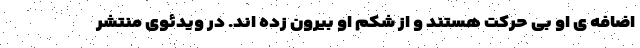
اضافه ی او بی حرکت هستند و از شکم او بیرون زده اند. در ویدئوی منتشر